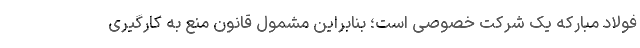
فولاد مبارکه یک شرکت خصوصی است؛ بنابراین مشمول قانون منع به کارگیری